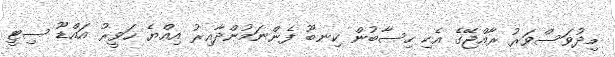
މިދުވަސްވަރު ރާއްޖޭގެ އެކި ހިސާބުން ކިނބޫ ފެންނަމުންދާއިރު އިއްޔެ ހަވީރު އައްޑޫ ސިޓީ